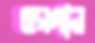
ওরগান